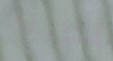
نخرجها